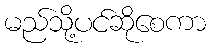
မည်သို့ပင်ဆိုစေကာ